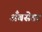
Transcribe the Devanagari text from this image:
अँबसेडर